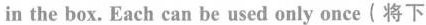
in the box. Each can be used only once(将下